Report of the Indian Hemp Drugs Commission, 1894-1895 - Volume V
Year: 1894
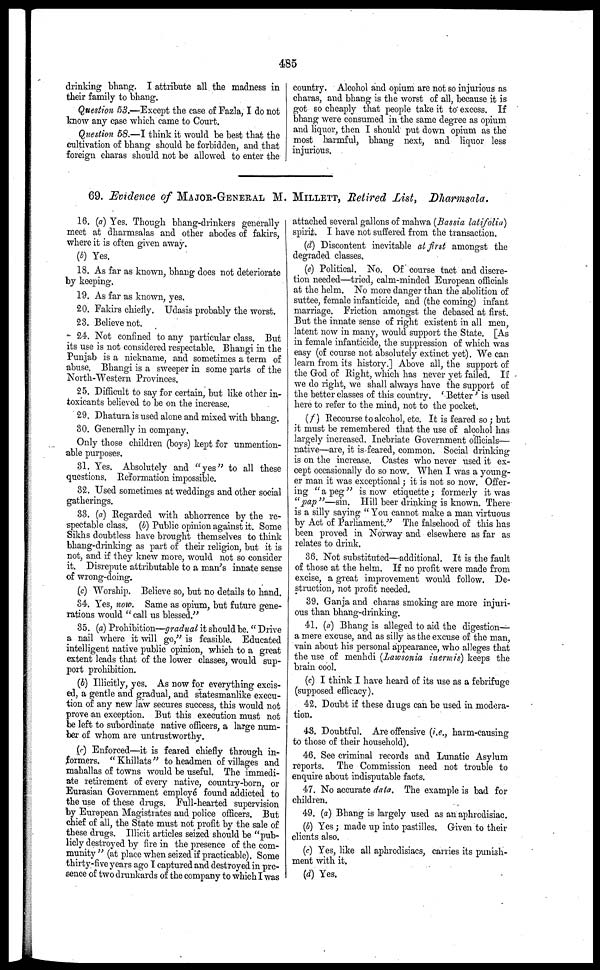
485
drinking bhang. I attribute all the madness in
their family to bhang.
Question 53.—Except the case of Fazla, I do not
know any case which came to Court.
Question 58.—I think it would be best that the
cultivation of bhang should be forbidden, and that
foreign charas should not be allowed to enter the
country. Alcohol and opium are not so injurious as
charas, and bhang is the worst of all, because it is
got so cheaply that people take it to excess. If
bhang were consumed in the same degree as opium
and liquor, then I should put down opium as the
most harmful, bhang next, and liquor less
injurious.
69. Evidence of MAJOR-GENERAL M. MILLETT , Retired List , Dharmsala.
16. (a) Yes. Though bhang-drinkers generally
meet at dharmsalas and other abodes of fakirs,
where it is often given away.
(b) Yes.
18. As far as known, bhang does not deteriorate
by keeping.
19. As far as known, yes.
20. Fakirs chiefly. Udasis probably the worst.
23. Believe not.
24. Not confined to any particular class. But
its use is not considered respectable. Bhangi in the
Punjab is a nickname, and sometimes a term of
abuse. Bhangi is a sweeper in some parts of the
North-Western Provinces.
25. Difficult to say for certain, but like other in-
toxicants believed to be on the increase.
29. Dhatura is used alone and mixed with bhang.
30. Generally in company.
Only those children (boys) kept for unmention-
able purposes.
31. Yes. Absolutely and "yes" to all these
questions. Reformation impossible.
32. Used sometimes at weddings and other social
gatherings.
33. (a) Regarded with abhorrence by the re-
spectable class. (b) Public opinion against it. Some
Sikhs doubtless have brought themselves to think
bhang-drinking as part of their religion, but it is
not, and if they knew move, would not so consider
it. Disrepute attributable to a man's innate sense
of wrong-doing.
(c) Worship. Believe so, but no details to hand.
34. Yes, now. Same as opium, but future gene-
rations would "call us blessed."
35. (a) Prohibition—gradual it should be. " Drive
a nail where it will go," is feasible. Educated
intelligent native public opinion, which to a great
extent leads that of the lower classes, would sup-
port prohibition.
(b) Illicitly, yes. As now for everything excis-
ed, a gentle and gradual, and statesmanlike execu-
tion of any new law secures success, this would not
prove an exception. But this execution must not
be left to subordinate native officers, a large num-
ber of whom are untrustworthy.
(c) Enforced—it is feared chiefly through in-
formers. "Khillats" to headmen of villages and
mahallas of towns would be useful. The immedi-
ate retirement of every native, country-born, or
Eurasian Government employe found addicted to
the use of these drugs. Full-hearted supervision
by European Magistrates and police officers. But
chief of all, the State must not profit by the sale of
these drugs. Illicit articles seized should be "pub-
licly destroyed by fire in the presence of the com-
munity " (at place when seized if practicable). Some
thirty-five years ago I captured and destroyed in pre-
sence of two drunkards of the company to which I was
attached several gallons of mahwa (Bassia latifolia)
spirit. I have not suffered from the transaction.
(d) Discontent inevitable at first amongst the
degraded classes.
(e) Political. No. Of course tact and discre-
tion needed—tried, calm-minded European officials
at the helm. No more danger than the abolition of
suttee, female infanticide, and (the coming) infant
marriage. Friction amongst the debased at first.
But the innate sense of right existent in all men,
latent now in many, would support the State. [As
in female infanticide, the suppression of which was
easy (of course not absolutely extinct yet). We can
learn from its history.] Above all, the support of
the God of Right, which has never yet failed. If
we do right, we shall always have the support of
the better classes of this country. 'Better ' is used
here to refer to the mind, not to the pocket.
(f) Recourse to alcohol, etc. It is feared so ; but
it must be remembered that the use of alcohol has
largely increased. Inebriate Government officials—
native—are, it is feared, common. Social drinking
is on the increase. Castes who never used it ex-
cept occasionally do so now. When I was a young-
er man it was exceptional; it is not so now. Offer-
ing " a peg " is now etiquette ; formerly it was
"pap"—sin.
Hill beer drinking is known. There
is a silly saying " You cannot make a man virtuous
by Act of Parliament." The falsehood of this has
been proved in Norway and elsewhere as far as
relates to drink.
36. Not substituted—additional. It is the fault
of those at the helm. If no profit were made from
excise, a great improvement would follow. De-
struction, not profit needed.
39. Ganja and charas smoking are more injuri-
ous than bhang-drinking.
41. (a) Bhang is alleged to aid the digestion—
a mere excuse, and as silly as the excuse of the man,
vain about his personal appearance, who alleges that
the use of menhdi (Lawsonia inermis) keeps the
brain cool.
(c) I think I have heard of its use as a febrifuge
(supposed efficacy).
42. Doubt if these drugs can be used in modera-
tion.
43. Doubtful. Are offensive (i.e., harm-causing
to those of their household).
46. See criminal records and Lunatic Asylum
reports. The Commission need not trouble to
enquire about indisputable facts.
47. No accurate data. The example is bad for
children.
49. (a) Bhang is largely used as an aphrodisiac.
(b) Yes ; made up into pastilles. Given to their
clients also.
(c) Yes, like all aphrodisiacs, carries its punish-
ment with it.
(d) Yes.